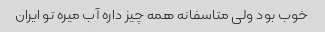
خوب بود ولی متاسفانه همه چیز داره آب میره تو ایران